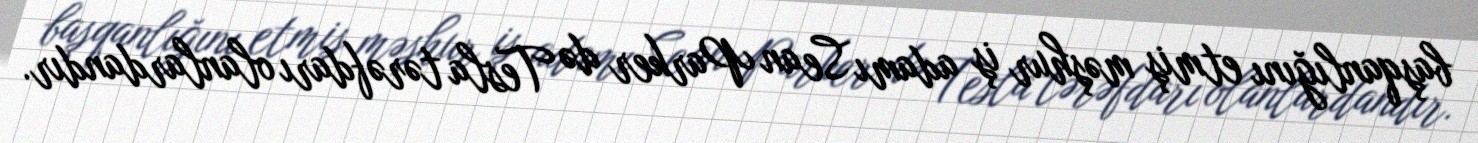
başqanlığını etmiş məşhur iş adamı Sean Parker də Tesla tərəfdarı olanlardandır.